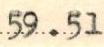
59.51